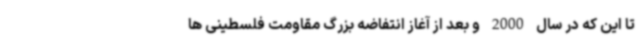
تا این که در سال 2000 و بعد از آغاز انتفاضه بزرگ مقاومت فلسطینی ها